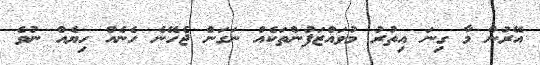
އޭރުން މާ ގިނަ އިތުރު މުވައްޒަފުންތަކެއް ނަގަން ޖެހޭނެ ހެނެއް ހިޔެއް ނުވެ